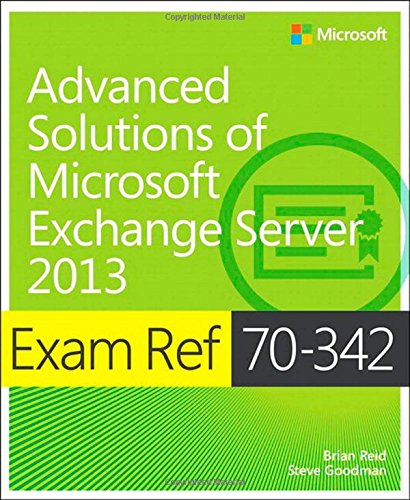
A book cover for Exam Ref 70-342 Advanced Solutions of Microsoft Exchange Server 2013 (MCSE); Brian Reid; Computers & Technology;